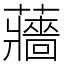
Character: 蘠